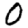
Digit: 0